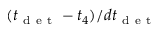
( t _ { \mathrm { ~ d ~ e ~ t ~ } } - t _ { 4 } ) / d t _ { \mathrm { ~ d ~ e ~ t ~ } }